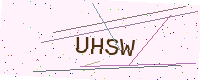
Text: UHSW